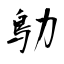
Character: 鳨